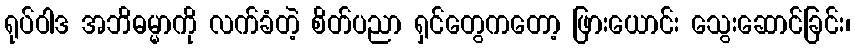
ရုပ်ဝါဒ အဘိဓမ္မာကို လက်ခံတဲ့ စိတ်ပညာ ရှင်တွေကတော့ ဖြားယောင်း သွေးဆောင်ခြင်း၊